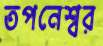
তপনেশ্বর